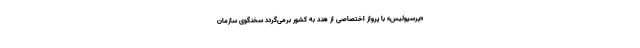
«پرسپولیس» با پرواز اختصاصی از هند به کشور برمی‌گردد سخنگوی سازمان